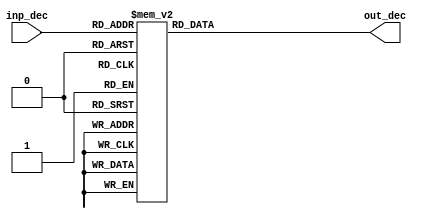
module decoder4to16(input [3:0] inp_dec, output reg [15:0] out_dec);
	
	always @(*) 
	begin
		case(inp_dec)
			4'b0000: out_dec = 16'b0000000000000001;
			4'b0001: out_dec = 16'b0000000000000010;
			4'b0010: out_dec = 16'b0000000000000100;
			4'b0011: out_dec = 16'b0000000000001000;
			4'b0100: out_dec = 16'b0000000000010000;
			4'b0101: out_dec = 16'b0000000000100000;
			4'b0110: out_dec = 16'b0000000001000000;
			4'b0111: out_dec = 16'b0000000010000000;
			4'b1000: out_dec = 16'b0000000100000000;
			4'b1001: out_dec = 16'b0000001000000000;
			4'b1010: out_dec = 16'b0000010000000000;
			4'b1011: out_dec = 16'b0000100000000000;
			4'b1100: out_dec = 16'b0001000000000000;
			4'b1101: out_dec = 16'b0010000000000000;
			4'b1110: out_dec = 16'b0100000000000000;
			4'b1111: out_dec = 16'b1000000000000000;
		endcase
	end
	
endmodule